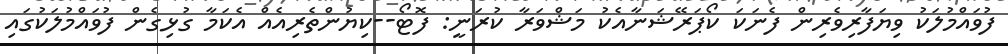
ފުވައްމުލަކު ވިޔަފާރިވެރިން ފެނަކަ ކޯޕަރޭޝަނާއެކު މަޝްވަރާ ކުރަނީ: ފޮޓޯ--ކިޔުންތެރިއެއް އެކަމާ ގުޅިގެން ފުވައްމުލަކުގައި